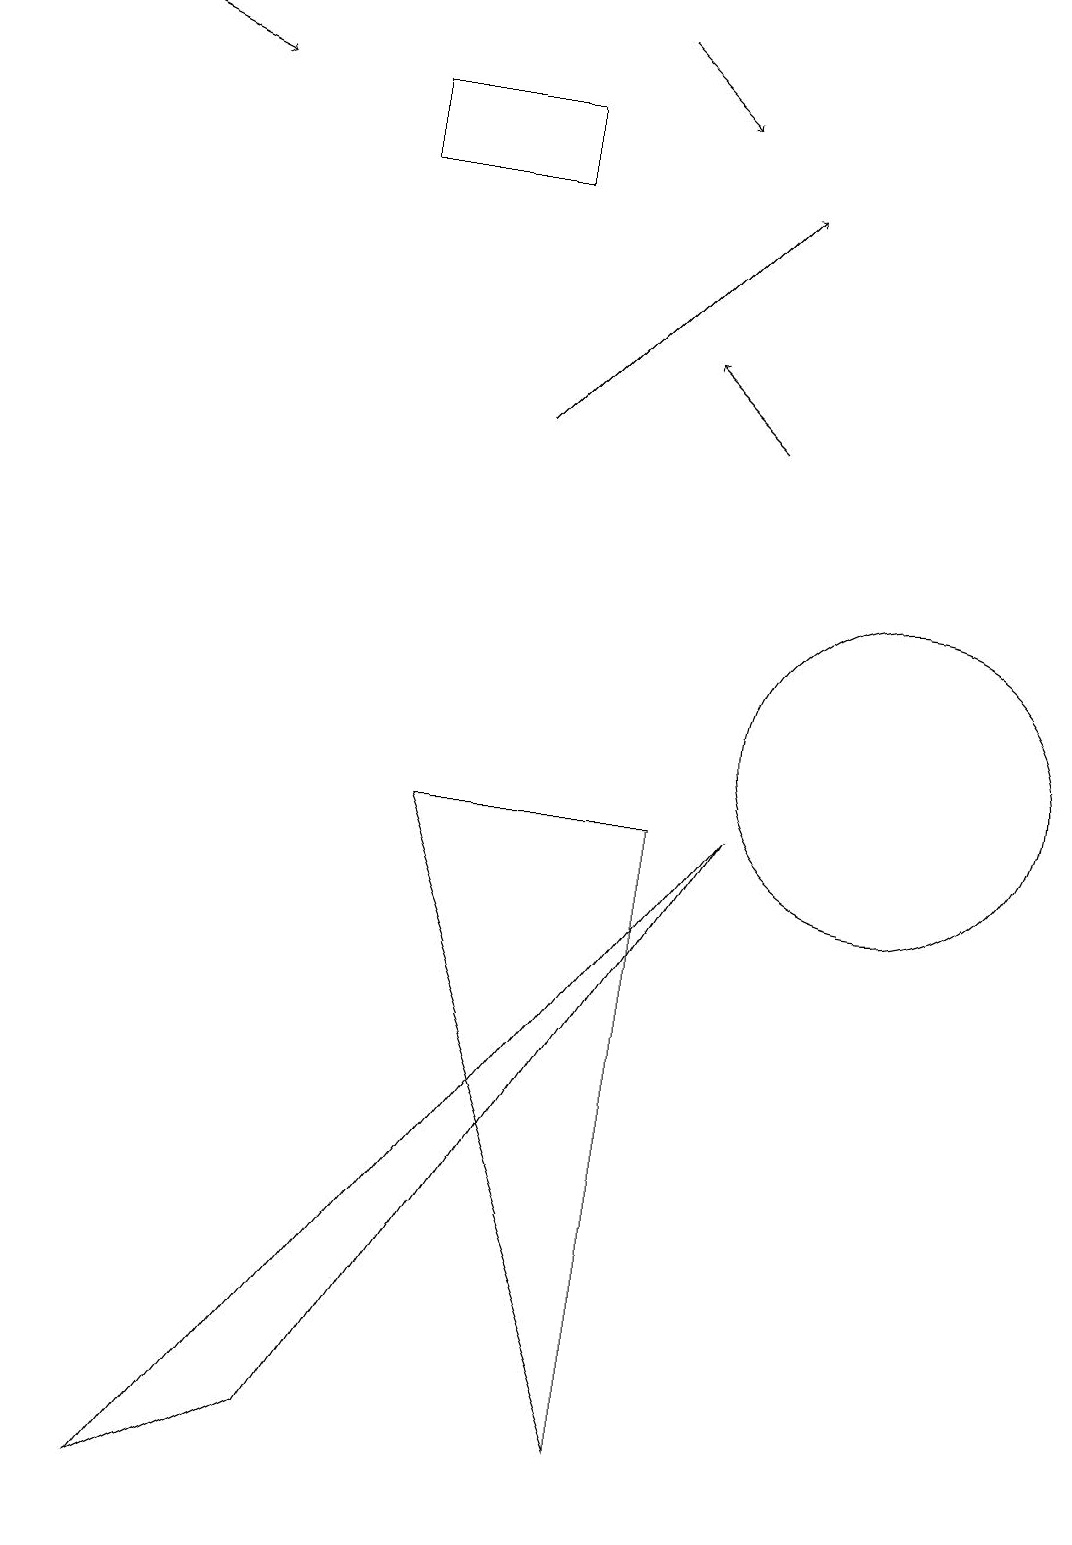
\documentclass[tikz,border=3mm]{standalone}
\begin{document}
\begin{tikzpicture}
\draw (11,10) circle (2);
\draw[->] (6,14) -- (9,17);
\draw[->] (0,19) -- (2,18);
\draw (4,1) -- (2,0) -- (9,9) -- cycle;
\draw[->] (7,19) -- (8,18);
\draw (8,1) -- (8,9) -- (5,9) -- cycle;
\draw[->] (9,14) -- (8,15);
\draw (6,17) rectangle (4,18);
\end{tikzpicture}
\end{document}